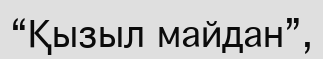
“Қызыл майдан”,